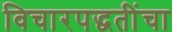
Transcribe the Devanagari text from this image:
विचारपद्धतींचा